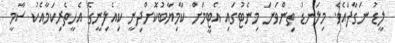
ލީޑު ނަގާފައެވެ. މިލަނޑު ތިންވަނަ މިނެޓުގައި އެޓީމަށް ކާމިޔާބުކޮށްދިނީ ކިއެލިނީގެ އެހީތެރިކަމާއެކު ސާމީ